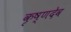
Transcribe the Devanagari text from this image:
कृष्‍णदेव